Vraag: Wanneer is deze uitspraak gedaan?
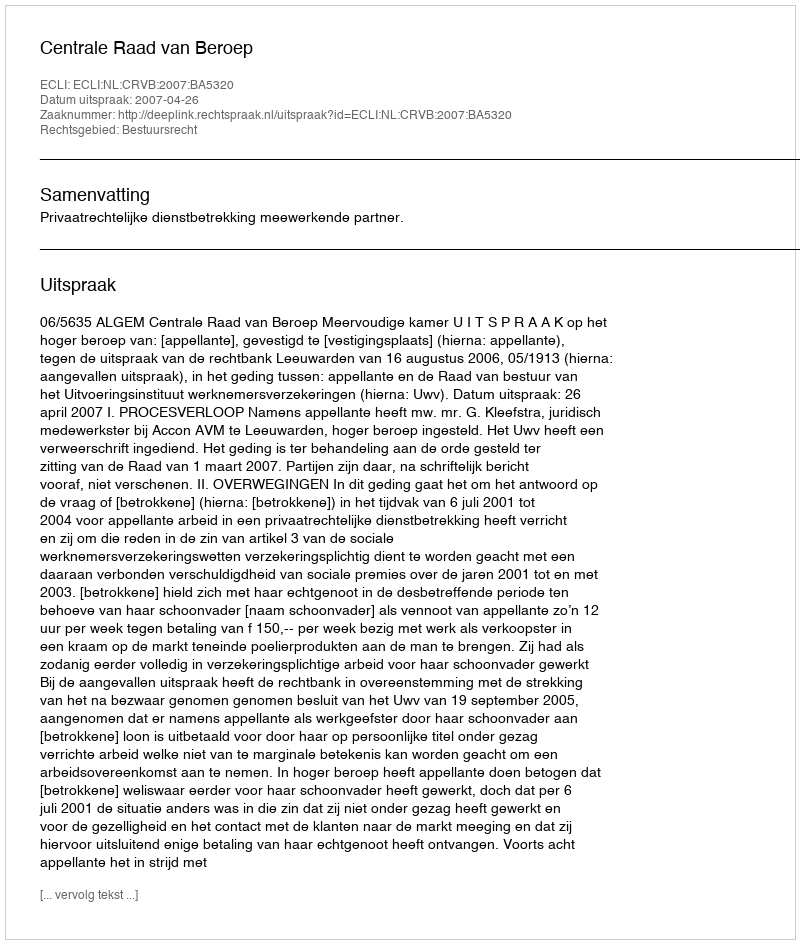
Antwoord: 2007-04-26